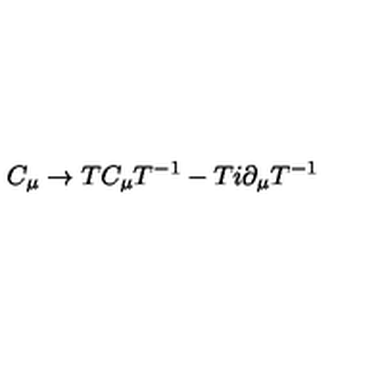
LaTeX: C _ { \mu } \rightarrow T C _ { \mu } T ^ { - 1 } - T i \partial _ { \mu } T ^ { - 1 }